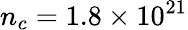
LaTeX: n_{c}=1.8\times 10^{21}